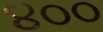
૪૦૦